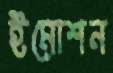
ইমোশন